Problem: 25 + 30 = ?
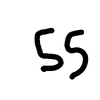
Handwritten answer: 55